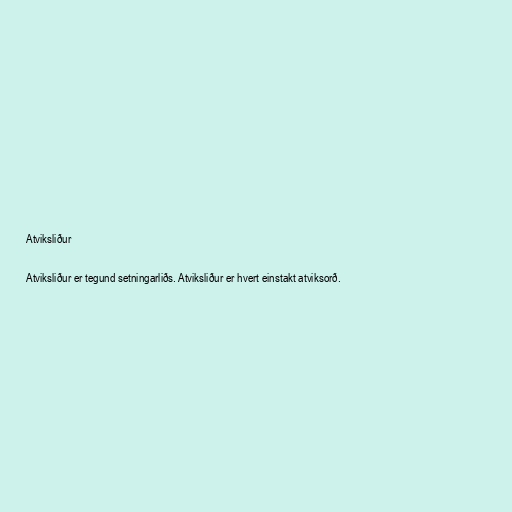
Atviksliður

Atviksliður er tegund setningarliðs. Atviksliður er hvert einstakt atviksorð.